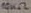
Text: 10KΩ